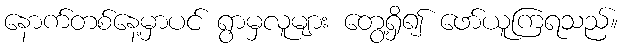
နောက်တစ်နေ့မှာပင် ရွာမှလူများ တွေ့ရှိ၍ ဖော်ယူကြရသည်။